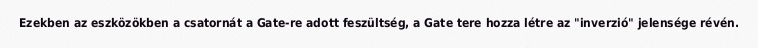
Ezekben az eszközökben a csatornát a Gate-re adott feszültség, a Gate tere hozza létre az "inverzió" jelensége révén.